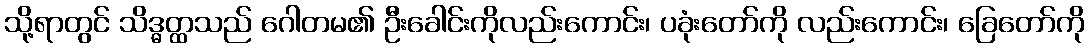
သို့ရာတွင် သိဒ္ဓတ္ထသည် ဂေါတမ၏ ဦးခေါင်းကိုလည်းကောင်း၊ ပခုံးတော်ကို လည်းကောင်း၊ ခြေတော်ကို